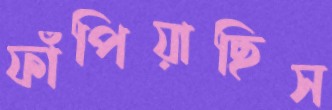
ফাঁপিয়াছিস